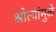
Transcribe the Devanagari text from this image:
श्रोत्यांमुळे